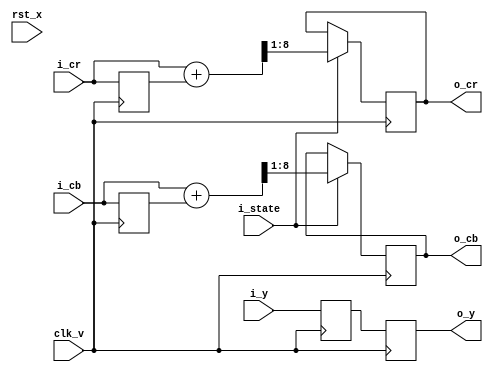
// This program was cloned from: https://github.com/Kenji-Ishimaru/polyphony
// License: MIT License

module fm_444_422 (
  clk_v,
  rst_x,
  // video in
  i_state,
  i_y,
  i_cr,
  i_cb,
  // video out
  o_y,
  o_cr,
  o_cb
);
  input  clk_v;
  input  rst_x;

  input i_state;
  // video in
  input [7:0] i_y;
  input [7:0] i_cr;
  input [7:0] i_cb;
  // video out
  output [7:0] o_y;
  output [7:0] o_cr;
  output [7:0] o_cb;

//////////////////////////////////
// wire
//////////////////////////////////
  wire [8:0]   w_cb;
  wire [8:0]   w_cr;
//////////////////////////////////
// reg
//////////////////////////////////
  reg [7:0]   r_y_1z;
  reg [7:0]   r_y_2z;
  reg [7:0]   r_cr_1z;
  reg [7:0]   r_cb_1z;
  reg [7:0]   r_cr;
  reg [7:0]   r_cb;
//////////////////////////////////
// assign
//////////////////////////////////
  assign w_cr = i_cr + r_cr_1z;
  assign w_cb = i_cb + r_cb_1z;

  assign o_y = r_y_2z;
  assign o_cr = r_cr;
  assign o_cb = r_cb;
//////////////////////////////////
// module instantiation
//////////////////////////////////

always @(posedge clk_v) begin
  r_y_1z <= i_y;
  r_y_2z <= r_y_1z;
  r_cr_1z <= i_cr;
  r_cb_1z <= i_cb;
  if (i_state)  begin
     r_cr <= w_cr[8:1];
     r_cb <= w_cb[8:1];
  end
end

endmodule